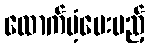
ထောက်ပံ့ပေးမည့်